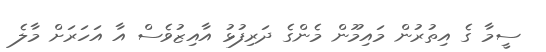
ސީމާ ގެ އިތުރުން މައިމޫން މެންގެ ދަރިފުޅު އާއިޒުވެސް އާ އަހަރަށް މާލެ